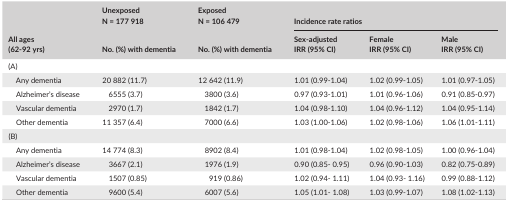
<table><thead><tr><td rowspan="2"><b>All ages (62‐92 yrs)</b></td><td><b>Unexposed N = 177 918</b></td><td><b>Exposed N = 106 479</b></td><td colspan="3"><b>Incidence rate ratios</b></td></tr><tr><td><b>No. (%) with dementia</b></td><td><b>No. (%) with dementia</b></td><td><b>Sex‐adjusted IRR (95% CI)</b></td><td><b>Female IRR (95% CI)</b></td><td><b>Male IRR (95% CI)</b></td></tr></thead><tbody><tr><td colspan="6">(A)</td></tr><tr><td>Any dementia</td><td>20 882 (11.7)</td><td>12 642 (11.9)</td><td>1.01 (0.99‐1.04)</td><td>1.02 (0.99‐1.05)</td><td>1.01 (0.97‐1.05)</td></tr><tr><td>Alzheimer&#x27;s disease</td><td>6555 (3.7)</td><td>3800 (3.6)</td><td>0.97 (0.93‐1.01)</td><td>1.01 (0.96‐1.06)</td><td>0.91 (0.85‐0.97)</td></tr><tr><td>Vascular dementia</td><td>2970 (1.7)</td><td>1842 (1.7)</td><td>1.04 (0.98‐1.10)</td><td>1.04 (0.96‐1.12)</td><td>1.04 (0.95‐1.14)</td></tr><tr><td>Other dementia</td><td>11 357 (6.4)</td><td>7000 (6.6)</td><td>1.03 (1.00‐1.06)</td><td>1.02 (0.98‐1.06)</td><td>1.06 (1.01‐1.11)</td></tr><tr><td colspan="6">(B)</td></tr><tr><td>Any dementia</td><td>14 774 (8.3)</td><td>8902 (8.4)</td><td>1.01 (0.98‐1.04)</td><td>1.02 (0.98‐1.05)</td><td>1.00 (0.96‐1.04)</td></tr><tr><td>Alzheimer&#x27;s disease</td><td>3667 (2.1)</td><td>1976 (1.9)</td><td>0.90 (0.85‐ 0.95)</td><td>0.96 (0.90‐1.03)</td><td>0.82 (0.75‐0.89)</td></tr><tr><td>Vascular dementia</td><td>1507 (0.85)</td><td>919 (0.86)</td><td>1.02 (0.94‐ 1.11)</td><td>1.04 (0.93‐ 1.16)</td><td>0.99 (0.88‐1.12)</td></tr><tr><td>Other dementia</td><td>9600 (5.4)</td><td>6007 (5.6)</td><td>1.05 (1.01‐ 1.08)</td><td>1.03 (0.99‐1.07)</td><td>1.08 (1.02‐1.13)</td></tr></tbody></table>